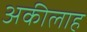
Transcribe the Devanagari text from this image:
अकीलाह